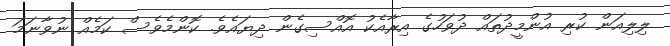
ލިލިއަން ކުރި އުންމީދުތައް ދުވަހުގެ އިރާއެކު އޮއްސިގެން ދިޔައެވެ. ކޮންމެވެސް ކަމެއް ނުވާނަމަ